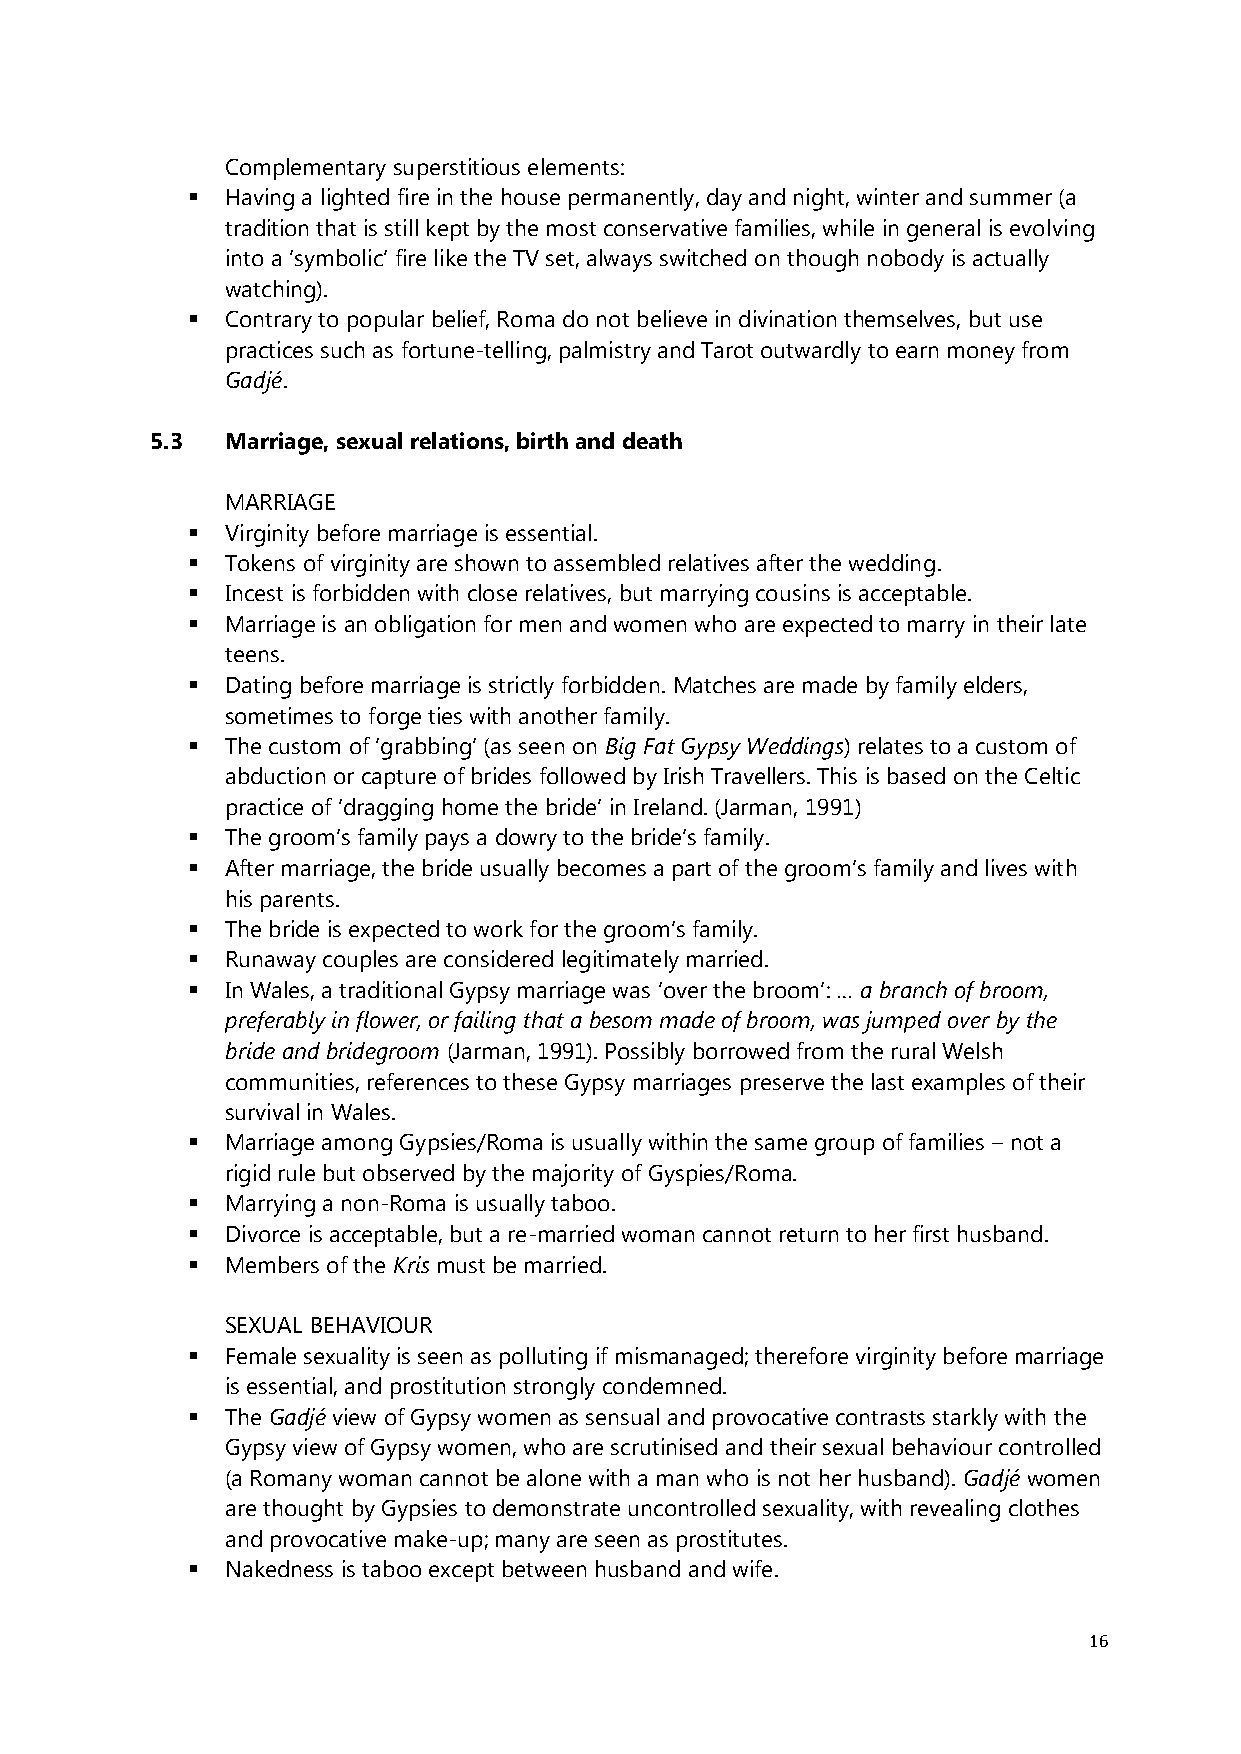
Complementary superstitious elements:
   Having a lighted fire in the house permanently, day and night, winter and summer (a
 tradition that is still kept by the most conservative families, while in general is evolving
 into a ‘symbolic’ fire like the TV set, always switched on though nobody is actually
 watching).
   Contrary to popular belief, Roma do not believe in divination themselves, but use
 practices such as fortune-telling, palmistry and Tarot outwardly to earn money from
 Gadjé.
 5.3  Marriage, sexual relations, birth and death
 MARRIAGE
   Virginity before marriage is essential.
   Tokens of virginity are shown to assembled relatives after the wedding.
   Incest is forbidden with close relatives, but marrying cousins is acceptable.
   Marriage is an obligation for men and women who are expected to marry in their late
 teens.
   Dating before marriage is strictly forbidden. Matches are made by family elders,
 sometimes to forge ties with another family.
   The custom of ‘grabbing’ (﴾as seen on Big Fat Gypsy Weddings) relates to a custom of
 abduction or capture of brides followed by Irish Travellers. This is based on the Celtic
 practice of ‘dragging home the bride’ in Ireland. (﴾Jarman, 1991)﴿
   The groom’s family pays a dowry to the bride’s family.
   After marriage, the bride usually becomes a part of the groom’s family and lives with
 his parents.
   The bride is expected to work for the groom’s family.
   Runaway couples are considered legitimately married.
   In Wales, a traditional Gypsy marriage was ‘over the broom’: … a branch of broom,
 preferably in flower, or failing that a besom made of broom, was jumped over by the
 bride and bridegroom (Jarman, 1991). Possibly borrowed from the rural Welsh
 communities, references to these Gypsy marriages preserve the last examples of their
 survival in Wales.
   Marriage among Gypsies/Roma is usually within the same group of families – not a
 rigid rule but observed by the majority of Gyspies/Roma.
   Marrying a non-Roma is usually taboo.
   Divorce is acceptable, but a re-married woman cannot return to her first husband.
   Members of the Kris must be married.
 SEXUAL BEHAVIOUR
   Female sexuality is seen as polluting if mismanaged; therefore virginity before marriage
 is essential, and prostitution strongly condemned.
   The Gadjé view of Gypsy women as sensual and provocative contrasts starkly with the
 Gypsy view of Gypsy women, who are scrutinised and their sexual behaviour controlled
 (a Romany woman cannot be alone with a man who is not her husband). Gadjé women
 are thought by Gypsies to demonstrate uncontrolled sexuality, with revealing clothes
 and provocative make-up; many are seen as prostitutes.
   Nakedness is taboo except between husband and wife.
 16